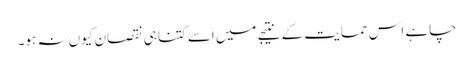
چاہے اس حمایت کے نتیجے میں اسے کتنا ہی نقصان کیوں نہ ہو۔